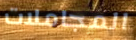
المجاملات